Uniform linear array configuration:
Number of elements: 24
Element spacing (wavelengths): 0.25
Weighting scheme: binomial
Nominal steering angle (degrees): -15
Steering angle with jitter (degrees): -16.444
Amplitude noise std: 0.05
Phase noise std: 0.05

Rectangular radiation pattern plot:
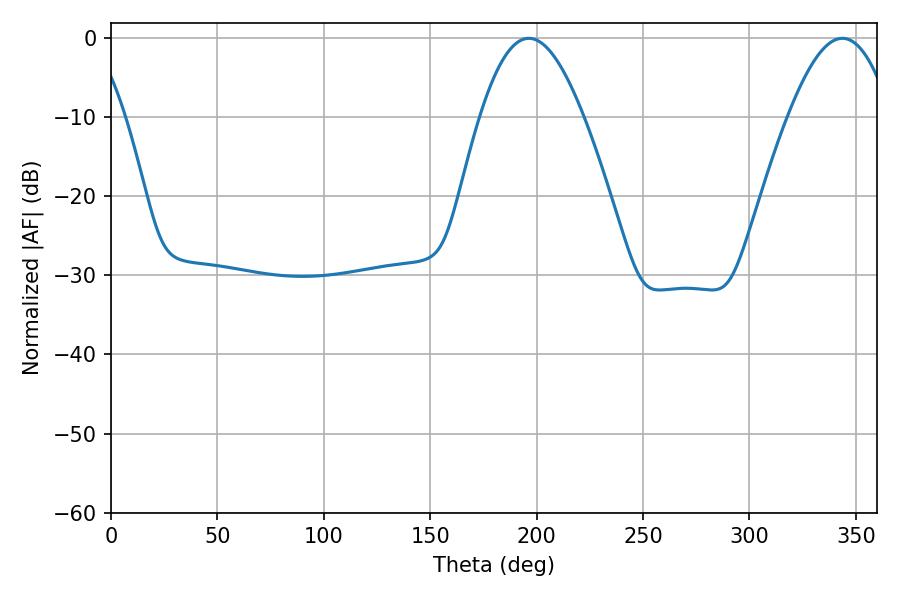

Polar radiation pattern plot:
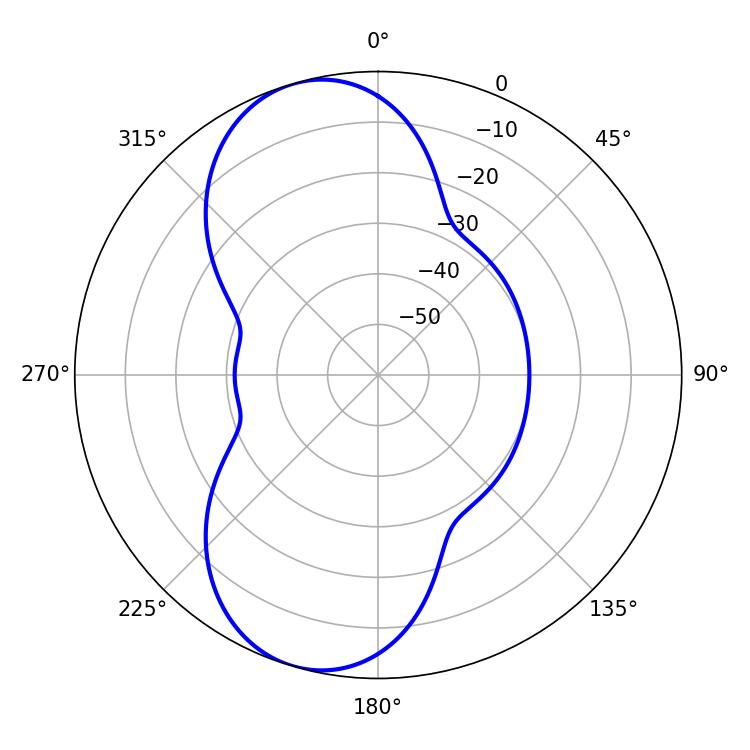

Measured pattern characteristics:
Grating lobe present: FALSE
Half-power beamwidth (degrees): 26.28
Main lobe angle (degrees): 196.38